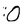
Character: O